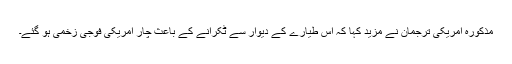
مذکورہ امریکی ترجمان نے مزید کہا کہ اس طیارے کے دیوار سے ٹکرانے کے باعث چار امریکی فوجی زخمی ہو گئے۔